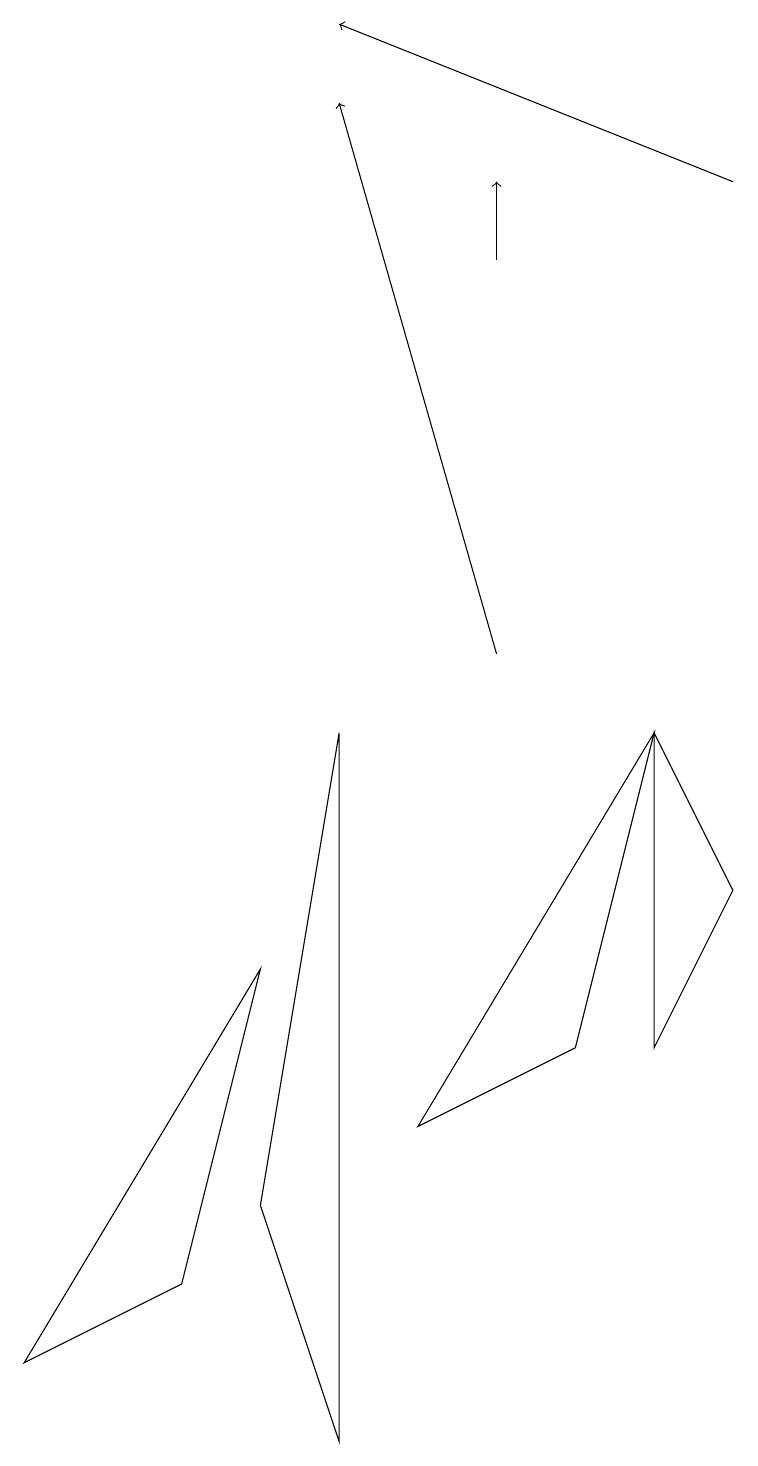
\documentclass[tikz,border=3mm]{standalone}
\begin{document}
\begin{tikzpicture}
\draw[->] (9,16) -- (4,18);
\draw[->] (6,15) -- (6,16);
\draw (3,6) -- (0,1) -- (2,2) -- cycle;
\draw[->] (6,10) -- (4,17);
\draw (4,0) -- (3,3) -- (4,9) -- cycle;
\draw (9,7) -- (8,9) -- (8,5) -- cycle;
\draw (5,4) -- (8,9) -- (7,5) -- cycle;
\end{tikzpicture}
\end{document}